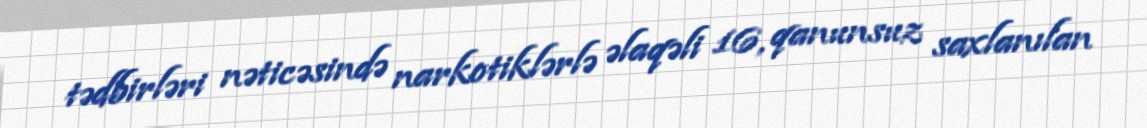
tədbirləri nəticəsində narkotiklərlə əlaqəli 16, qanunsuz saxlanılan